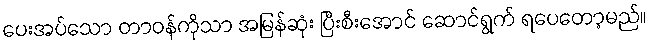
ပေးအပ်သော တာဝန်ကိုသာ အမြန်ဆုံး ပြီးစီးအောင် ဆောင်ရွက် ရပေတော့မည်။